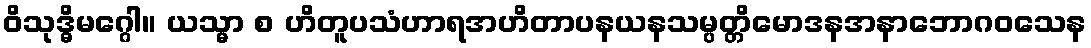
ဝိသုဒ္ဓိမဂ္ဂေါ။ ယသ္မာ စ ဟိတူပသံဟာရအဟိတာပနယနသမ္ပတ္တိမောဒနအနာဘောဂဝသေန